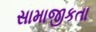
સામાજીકતા